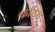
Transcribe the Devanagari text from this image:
कतिरा